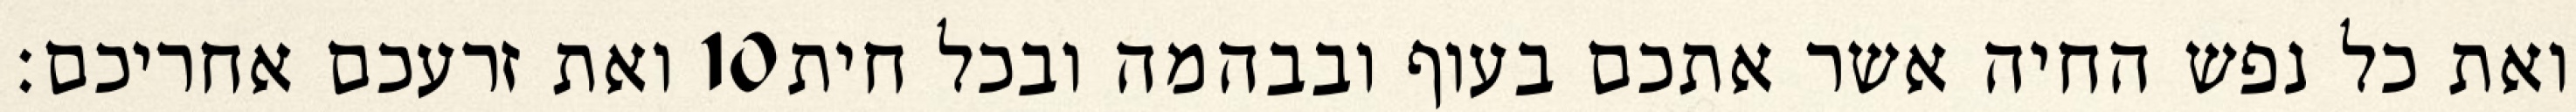
ואת זרעכם אחריכם׃ ‎10‏ ואת כל נפש החיה אשר אתכם בעוף ובבהמה ובכל חית